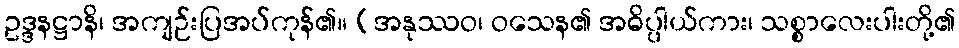
ဥဒ္ဒနဋ္ဌာနိ၊ အကျဉ်းပြအပ်ကုန်၏။ (အနုဿဝ၊ ဝသေန၏ အဓိပ္ပါယ်ကား၊ သစ္စာလေးပါးတို့၏